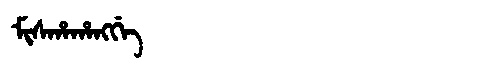
Manchu: ᠮᡳᠰᡥᠠᡥᠠᠩᡤᡝ
Romanization: MISHAHANGGE